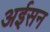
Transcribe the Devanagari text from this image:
अईसन